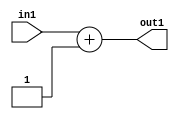
`timescale 1ps / 1ps
/*****************************************************************************
    Verilog RTL Description
    
    
    Created by: Stratus DpOpt 2019.1.01 
*******************************************************************************/

module fix2float_Add2i1s32_4_2 (
	in1,
	out1
	); /* architecture "behavioural" */ 
input [31:0] in1;
output [31:0] out1;
wire [31:0] asc001;

assign asc001 = 
	+(in1)
	+(32'B00000000000000000000000000000001);

assign out1 = asc001;
endmodule

/* CADENCE  ubPzTAo= : u9/ySgnWtBlWxVPRXgAZ4Og= ** DO NOT EDIT THIS LINE ******/